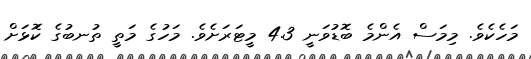
މަހެކެވެ. މިމަސް އެންމެ ބޮޑުވަނީ 4.3 މީޓަރަށެވެ. މަހުގެ މަތީ ތުނބުގެ ކޮަޅަށް